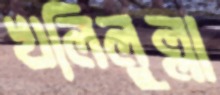
খলিলুল্লা